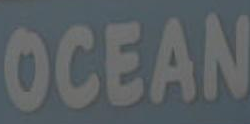
OCEAN